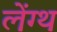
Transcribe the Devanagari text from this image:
लेंग्थ